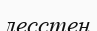
лесстен